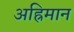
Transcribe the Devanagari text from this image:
अह्रिमान